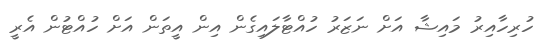
ހުރިހާއިރު މައިޝާ އަށް ނަޒަރު ހުއްޓާލައިގެން އިން އީތަން އަށް ހުއްޓުން އެރީ